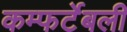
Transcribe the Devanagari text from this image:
कम्फर्टेबली